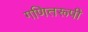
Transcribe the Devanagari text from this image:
गणितरूपी